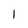
Character: 1